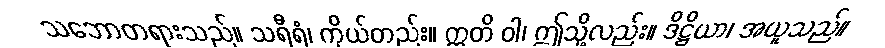
သဘောတရားသည်။ သရီရံ၊ ကိုယ်တည်း။ ဣတိ ဝါ၊ ဤသို့လည်း။ ဒိဋ္ဌိယာ၊ အယူသည်။